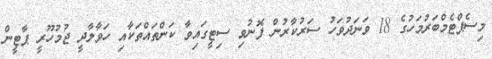
މިސެޕްޓެމްބަރުމަހުގެ 18 ވަނަދުވަހު ސަރުކާރުން ފޮނުވި ސިޓީގައިވާ ކަންތައްތަކާއި ހަވާލާދީ ޖުމުހޫރީ ޕާޓީން